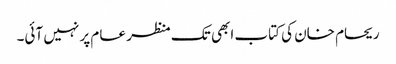
ریحام خان کی کتاب ابھی تک منظر عام پر نہیں آئی۔